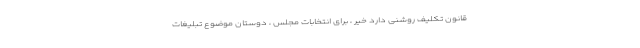
قانون تکلیف روشنی دارد خیر ، برای انتخابات مجلس ، دوستان موضوع تبلیغات